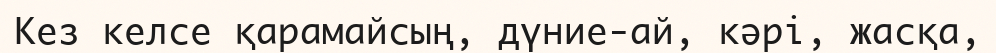
Кез келсе қарамайсың, дүние-ай, кәрі, жасқа,